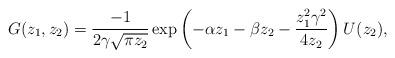
LaTeX: \begin{align*}G(z_1,z_2) = \frac{-1}{2\gamma \sqrt{\pi z_2}}\exp\left(-\alpha z_1 -\beta z_2 - \frac{z_1^2 \gamma^2}{4z_2} \right)U(z_2),\end{align*}